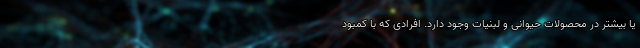
یا بیشتر در محصولات حیوانی و لبنیات وجود دارد. افرادی که با کمبود